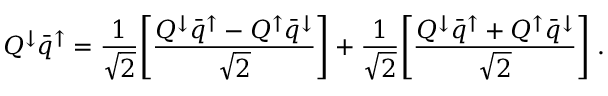
Q ^ { \downarrow } \bar { q } ^ { \uparrow } = { \frac { 1 } { \sqrt 2 } } \Biggl [ { \frac { Q ^ { \downarrow } \bar { q } ^ { \uparrow } - Q ^ { \uparrow } \bar { q } ^ { \downarrow } } { \sqrt 2 } } \Biggr ] + { \frac { 1 } { \sqrt 2 } } \Biggl [ { \frac { Q ^ { \downarrow } \bar { q } ^ { \uparrow } + Q ^ { \uparrow } \bar { q } ^ { \downarrow } } { \sqrt 2 } } \Biggr ] \; .